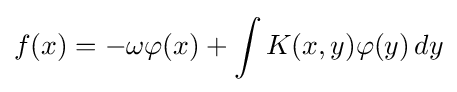
f(x)=-\omega \varphi (x)+\int K(x,y)\varphi (y)\,dy